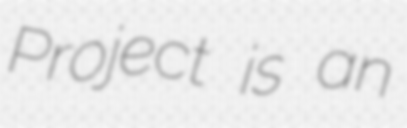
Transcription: Project is an